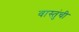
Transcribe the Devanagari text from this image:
वास्तुंची